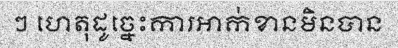
ៗ ហេតុដូច្នេះការអាក់ខានមិនបាន